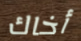
أخاك